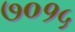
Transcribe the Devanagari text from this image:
७०१५